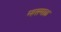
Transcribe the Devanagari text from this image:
म्हसमाळ